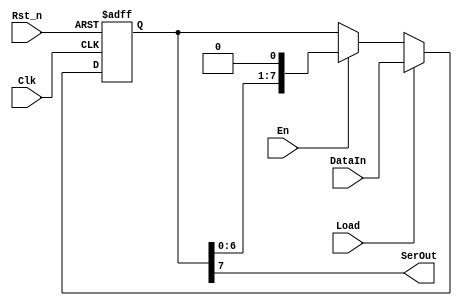
module shiftregtx
# ( parameter SIZE = 8)( //Declarem el parametre per definir la mida del registre
	input Clk,			 //Declarem les entrades i sortides del modul 
	input Rst_n,
	input En,
	input Load,
	input wire [SIZE-1:0] DataIn,
	output SerOut
);

reg [SIZE-1:0] registre; //Declarem un registre on guardarem les dades que calculem

assign SerOut = registre[SIZE-1];	//Assignem el valor del MSB del registre a la sortida en serie

always@ (posedge Clk or negedge Rst_n) 
//Cada vegada que hi hagi un flanc de pujada del clock o un de baixada del reset s'executa el codi inferior
	if (!Rst_n) begin  //Si el reset es negatiu es posa el valor del registre a 0
		registre = {SIZE{1'b0}};
	end
	else begin
		if (Load) begin  //Si el valor de Load es 1 es carrega el valor en parallel al registre
			registre <= DataIn;
		end
		else if (En) begin //Si el valor de En (enable) es 1 es carrega el valor en serie al LSB del registre fen un shift dels altres valors
			registre = {registre[SIZE-2:0],1'b0};
		end
		else begin //Si cap de les opcions anteriors es compleix, es mant el valor del registre
			registre <= registre;
		end	
	end	
endmodule